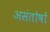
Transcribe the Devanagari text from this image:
असंतोषों